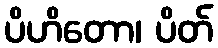
ပိဟိတော၊ ပိတ်